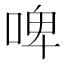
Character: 啤